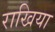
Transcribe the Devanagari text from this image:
राखिया